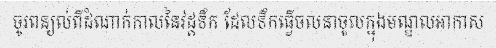
ចូរពន្យល់ពីដំណាក់កាលនៃវដ្តទឹក ដែលទឹកធ្វើចលនាចូលក្នុងមណ្ឌលអាកាស